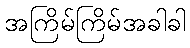
အကြိမ်ကြိမ်အခါခါ